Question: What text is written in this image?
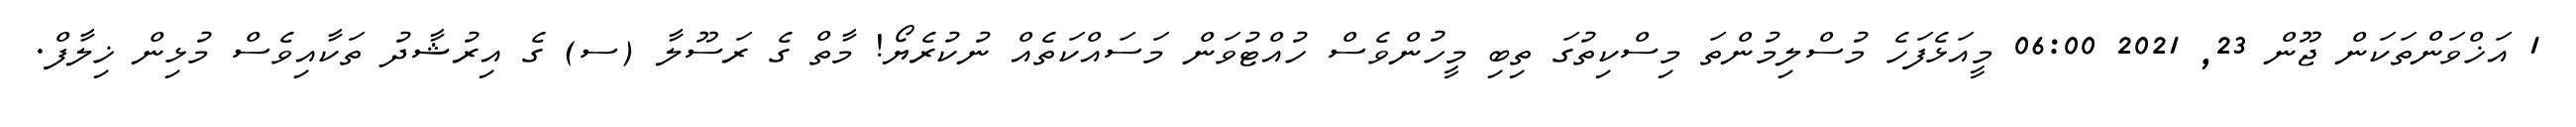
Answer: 1 އަޚްވަންތަކަން ޖޫން 23, 2021 06:00 މީއަޅެފަހެ މުސްލިމުންތަ މިސްކިތުގަ ތިބި މީހުންވެސް ހުއްޓުވަން މަސައްކަތެއް ނުކުރެޔޯ! މާތް ގެ ރަސޫލާ (ސ) ގެ އިރުޝާދު ތަކާއިވެސް މުޅިން ޚިލާފް.